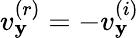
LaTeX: v_{\mathbf{y}}^{(r)}=-v_{\mathbf{y}}^{(i)}